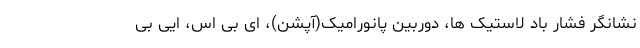
نشانگر فشار باد لاستیک ها، دوربین پانورامیک(آپشن)، ای بی اس، ایی بی